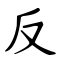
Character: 反